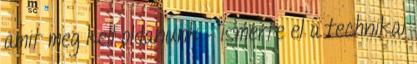
amit meg kell oldanunk – ismerte el a technikai